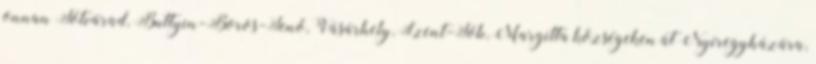
onnan Tótvárad, Buttyin-Boros-Jenő, Vásárhely, Szent-Jób, Margitta községeken át Nyiregyházára,